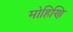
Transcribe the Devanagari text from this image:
मोहिणि